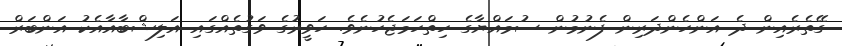
ގޭތެރެއިން ދެ އަންހެންދަރިން ފެނުމުން ސުމައްޔާގެ ހިތްހަމަޖެހުނެވެ. ހަވީރުގެ ވަގުތެއްގައި އަލިޝްބާއާއެކު އަންބަރް